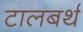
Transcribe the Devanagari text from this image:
टालबर्थ